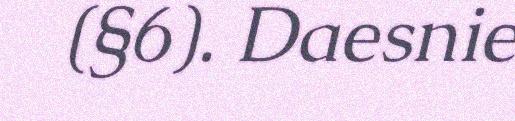
(§6). Daesnie